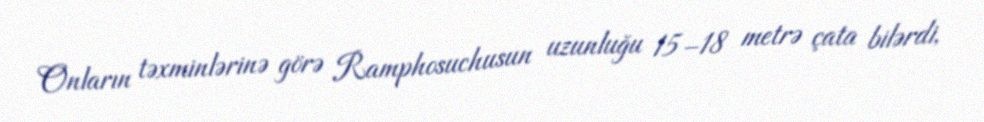
Onların təxminlərinə görə Ramphosuchusun uzunluğu 15–18 metrə çata bilərdi,